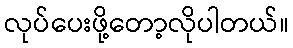
လုပ်ပေးဖို့တော့လိုပါတယ်။